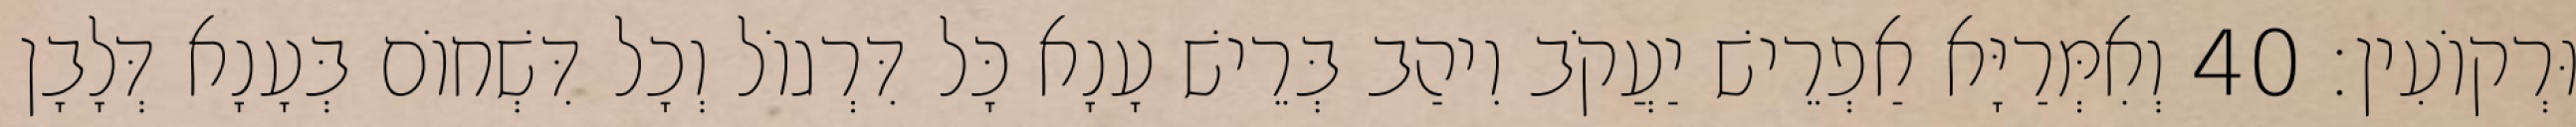
וּרְקוֹעִין׃ 40 וְאִמְּרַיָּא אַפְרֵישׁ יַעֲקֹב וִיהַב בְּרֵישׁ עָנָא כָּל דִּרְגוֹל וְכָל דִּשְׁחוֹם בְּעָנָא דְּלָבָן